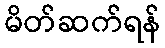
မိတ်ဆက်ရန်